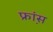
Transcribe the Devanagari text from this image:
फ्रा़ंस